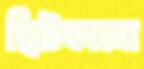
ছিটকানো